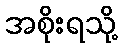
အစိုးရသို့